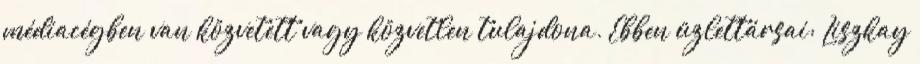
médiacégben van közvetett vagy közvetlen tulajdona. Ebben üzlettársai: Liszkay